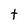
Character: t